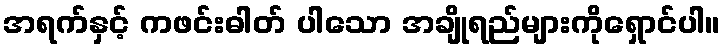
အရက်နှင့် ကဖင်းဓါတ် ပါသော အချိုရည်များကိုရှောင်ပါ။